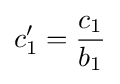
c'_{1}={\frac {c_{1}}{b_{1}}}